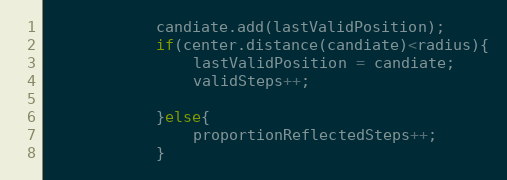
Language: Java
			candiate.add(lastValidPosition);
			if(center.distance(candiate)<radius){
				lastValidPosition = candiate;
				validSteps++;

			}else{
				proportionReflectedSteps++;
			}